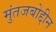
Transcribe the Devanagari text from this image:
मुंतजबोद्दीन